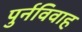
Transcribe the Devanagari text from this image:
पुर्नविवाह